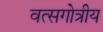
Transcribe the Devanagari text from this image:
वत्सगोत्रीय